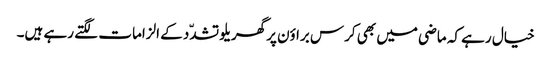
خیال رہے کہ ماضی میں بھی کرس براؤن پرگھریلو تشدّد کے الزامات لگتے رہے ہیں۔